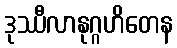
ဒုဿီလာနုဂ္ဂဟိတေန